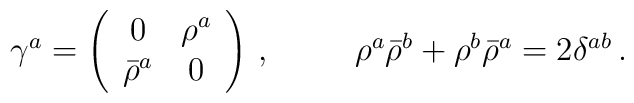
\begin{array}{cc}\gamma^{a}=\left(\begin{array}{cc}0&\rho^{a}\\ \bar{\rho}^{a}&0\end{array}\right)\,,~~~&~~\rho^{a}\bar{\rho}^{b}+\rho^{b}\bar{\rho}^{a}=2\delta^{ab}\,.\end{array}